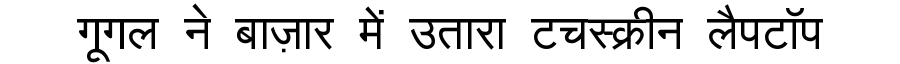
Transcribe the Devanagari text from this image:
गूगल ने बाज़ार में उतारा टचस्क्रीन लैपटॉप